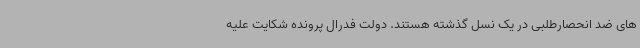
های ضد انحصارطلبی در یک نسل گذشته هستند. دولت فدرال پرونده شکایت علیه